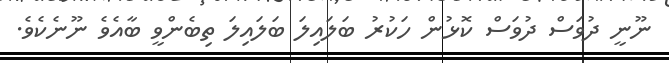
ނޫނީ ދުވަސް ދުވަސް ކޮޅުން ހަކުރު ބަލައިލަ ބަލައިލަ ތިބެންވީ ބާއެވެ ނޫނެކެވެ.